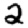
Digit: 2